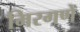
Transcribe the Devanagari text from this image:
मिरगणे